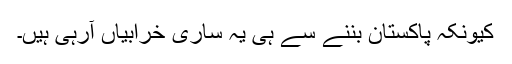
کیونکہ پاکستان بننے سے ہی یہ ساری خرابیاں آرہی ہیں۔